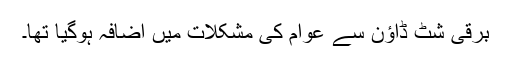
برقی شٹ ڈاؤن سے عوام کی مشکلات میں اضافہ ہوگیا تھا۔